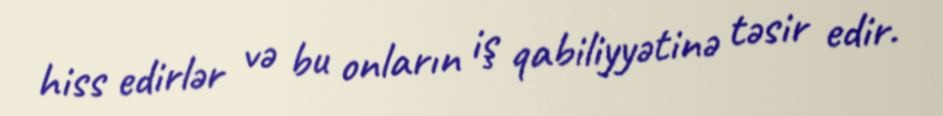
hiss edirlər və bu onların iş qabiliyyətinə təsir edir.